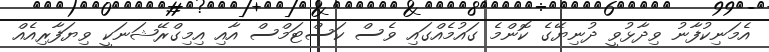
އެމަނިކުފާނު ވިދާޅުވީ ދުނިޔޭގެ ކޮންމެ ގައުމެއްގައި ވެސް ކަސްޓަމްސް އާއި އިމިގްރޭޝަނަކީ ވިޔަފާރިއެއް